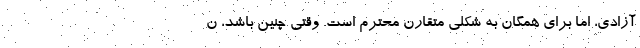
آزادی، اما برای همگان به شکلی متقارن محترم است. وقتی چنین باشد، ن